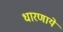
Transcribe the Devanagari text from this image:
धारणाये